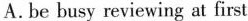
A.be busy reviewing at first